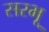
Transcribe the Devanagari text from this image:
सरभू